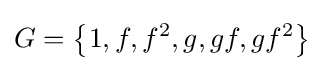
G=\left\{1,f,f^{2},g,gf,gf^{2}\right\}